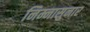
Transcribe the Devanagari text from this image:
निम्नासुनार